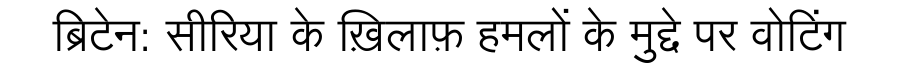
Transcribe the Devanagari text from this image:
ब्रिटेन: सीरिया के ख़िलाफ़ हमलों के मुद्दे पर वोटिंग